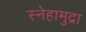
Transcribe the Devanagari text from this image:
स्नेहामुद्रा